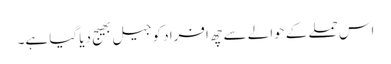
اس حملے کے حوالے سے چھ افراد کو جیل بھیج دیا گیا ہے۔